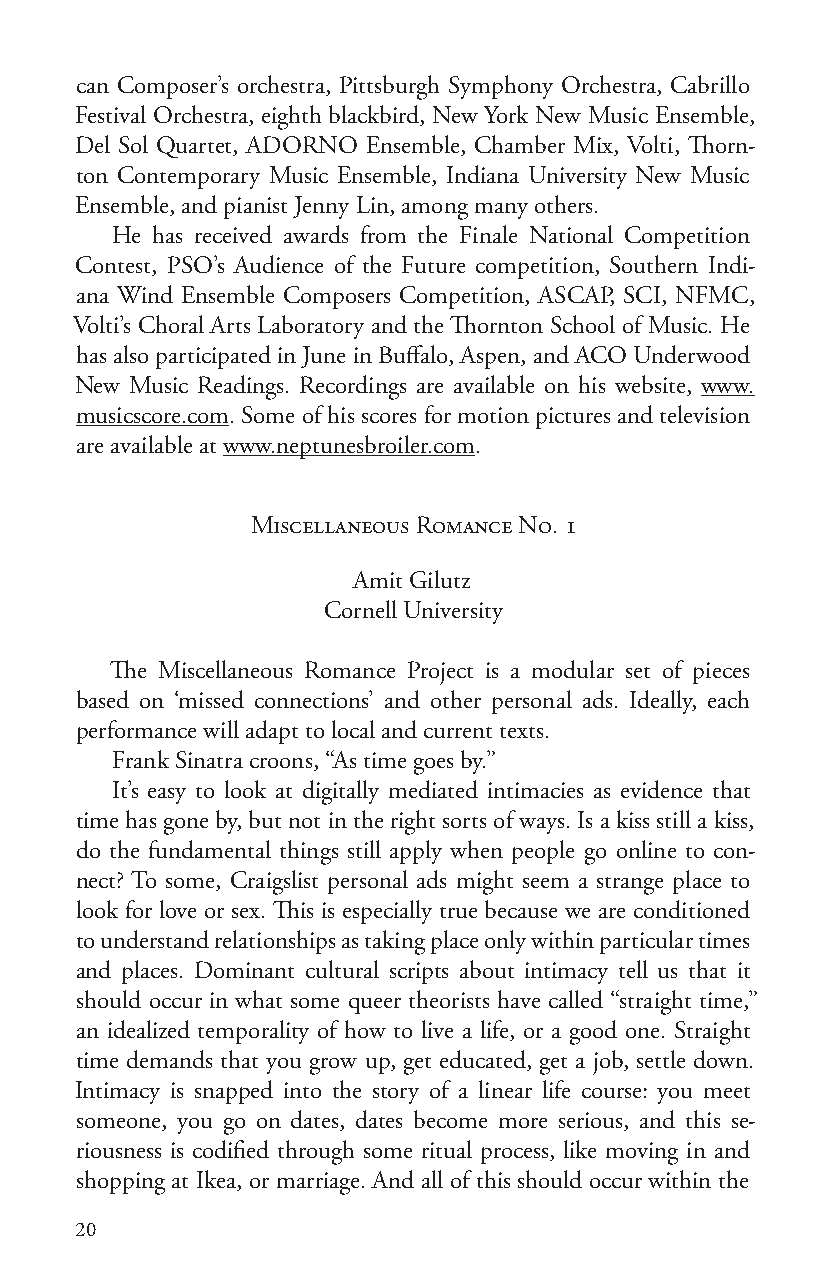
can Composer’s orchestra, Pittsburgh Symphony Orchestra, Cabrillo
 Festival Orchestra, eighth blackbird, New York New Music Ensemble,
 Del Sol Quartet, ADORNO Ensemble, Chamber Mix, Volti, Thorn-
 ton Contemporary Music Ensemble, Indiana University New Music
 Ensemble, and pianist Jenny Lin, among many others.
 He has received awards from the Finale National Competition
 Contest, PSO’s Audience of the Future competition, Southern Indi-
 ana Wind Ensemble Composers Competition, ASCAP, SCI, NFMC,
 Volti’s Choral Arts Laboratory and the Thornton School of Music. He
 has also participated in June in Buffalo, Aspen, and ACO Underwood
 New Music Readings. Recordings are available on his website, www.
 musicscore.com. Some of his scores for motion pictures and television
 are available at www.neptunesbroiler.com.
 Miscellaneous Romance No. 1
 Amit Gilutz
 Cornell University
 The Miscellaneous Romance Project is a modular set of pieces
 based on ‘missed connections’ and other personal ads. Ideally, each
 performance will adapt to local and current texts.
 Frank Sinatra croons, “As time goes by.”
 It’s easy to look at digitally mediated intimacies as evidence that
 time has gone by, but not in the right sorts of ways. Is a kiss still a kiss,
 do the fundamental things still apply when people go online to con-
 nect? To some, Craigslist personal ads might seem a strange place to
 look for love or sex. This is especially true because we are conditioned
 to understand relationships as taking place only within particular times
 and places. Dominant cultural scripts about intimacy tell us that it
 should occur in what some queer theorists have called “straight time,”
 an idealized temporality of how to live a life, or a good one. Straight
 time demands that you grow up, get educated, get a job, settle down.
 Intimacy is snapped into the story of a linear life course: you meet
 someone, you go on dates, dates become more serious, and this se-
 riousness is codified through some ritual process, like moving in and
 shopping at Ikea, or marriage. And all of this should occur within the
 20